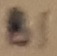
Text: B1